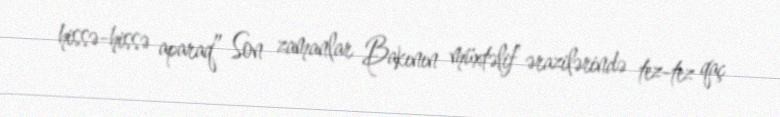
hissə-hissə aparaq” Son zamanlar Bakının müxtəlif ərazilərində tez-tez qaç